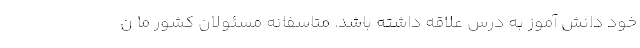
خود دانش آموز به درس علاقه داشته باشد. متاسفانه مسئولان کشور ما ن